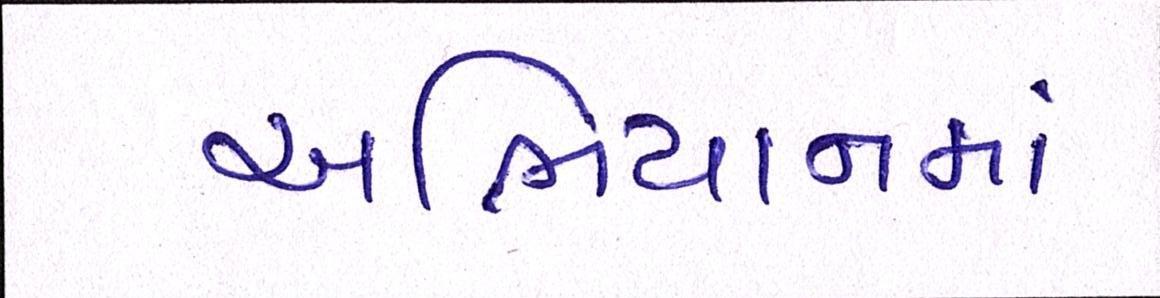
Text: અભિયાનમાં